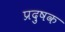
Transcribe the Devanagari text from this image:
प्रदुषक